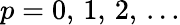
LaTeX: p=0,\, 1,\, 2,\, ...